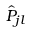
\hat { P } _ { j l }